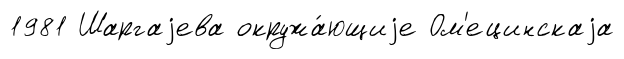
1981 Шаргаjева окружа́ющиjе Ом'ецинскаjа